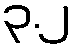
၃.၂